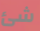
شئ